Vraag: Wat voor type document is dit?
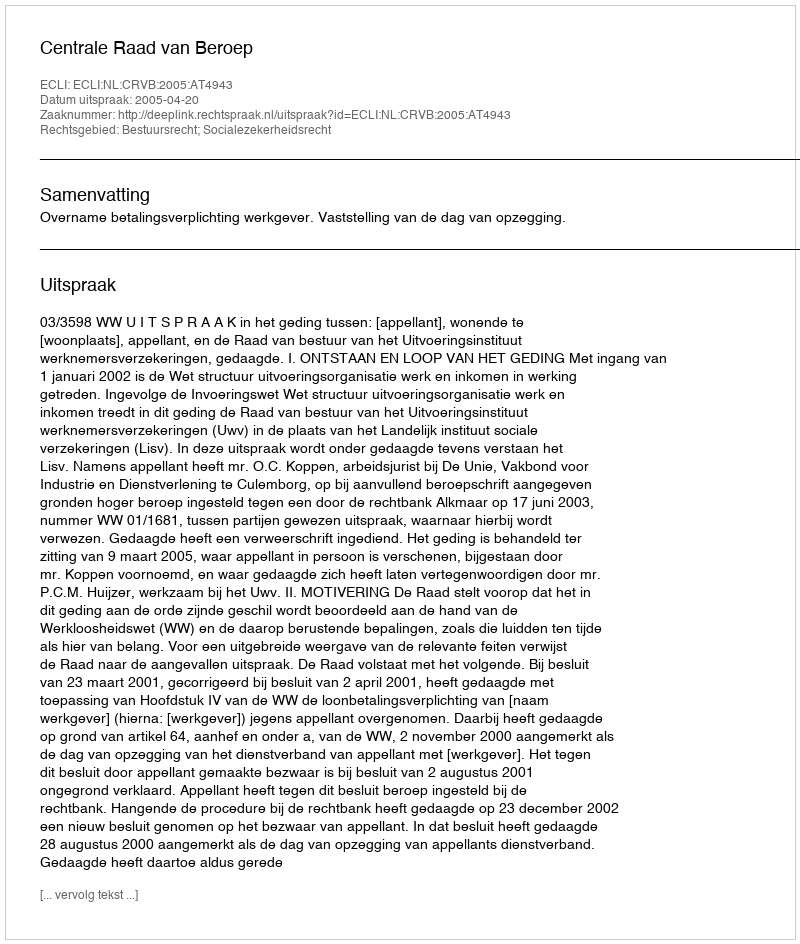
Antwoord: Uitspraak